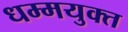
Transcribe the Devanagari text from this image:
धम्मयुक्त